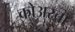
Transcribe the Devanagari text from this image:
कोअरचा